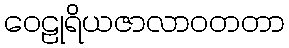
ဝေဠုရိယဇာလာဝတတာ